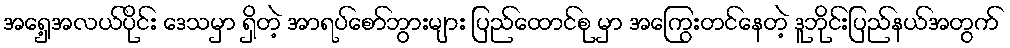
အရှေ့အလယ်ပိုင်း ဒေသမှာ ရှိတဲ့ အာရပ်စော်ဘွားများ ပြည်ထောင်စု မှာ အကြွေးတင်နေတဲ့ ဒူဘိုင်းပြည်နယ်အတွက်